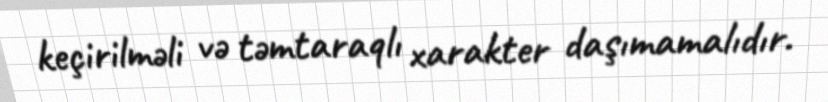
keçirilməli və təmtaraqlı xarakter daşımamalıdır.